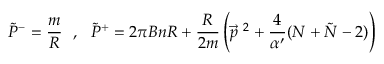
\tilde { P } ^ { - } = \frac { m } { R } ~ ~ , ~ ~ \tilde { P } ^ { + } = 2 \pi B n R + \frac { R } { 2 m } \left( \vec { p } ^ { ~ 2 } + \frac { 4 } { \alpha ^ { \prime } } ( N + \tilde { N } - 2 ) \right)